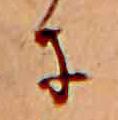
に